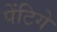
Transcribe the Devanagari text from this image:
पेंटिगे